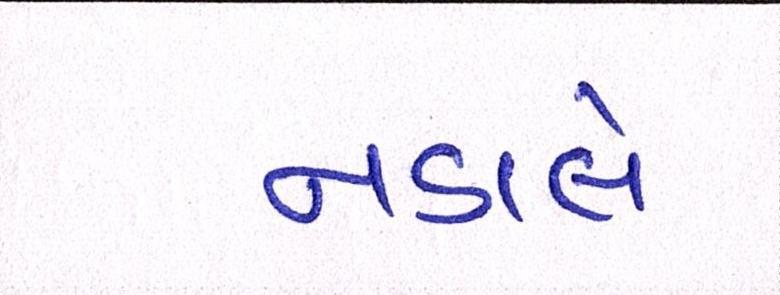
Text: નડાલે